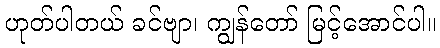
ဟုတ်ပါတယ် ခင်ဗျာ၊ ကျွန်တော် မြင့်အောင်ပါ။